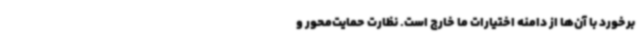
برخورد با آن‌ها از دامنه اختیارات ما خارج است. نظارت حمایت‌محور و